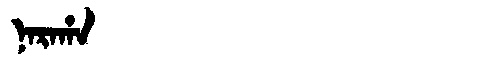
Manchu: ᠨᠠᡵᠠᡥᠠ
Romanization: NARAHA